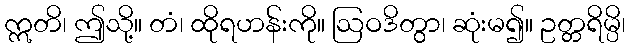
ဣတိ၊ ဤသို့။ တံ၊ ထိုရဟန်းကို။ ဩဝဒိတွာ၊ ဆုံးမ၍။ ဥတ္တရိမ္ပိ၊